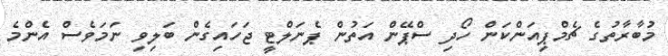
މުބާރާތުގެ ޗެމްޕިއަންކަން ހޯދި ސްޕޭން އަތުން ޕެނަލްޓީ ޖަހައިގެން ބަލިވި ނަމަވެސް އެންމެ